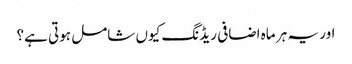
اور یہ ہر ماہ اضافی ریڈنگ کیوں شامل ہوتی ہے؟